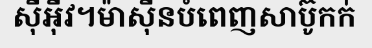
ស៊ីអ៊ីវ។ម៉ាស៊ីនបំពេញសាប៊ូកក់